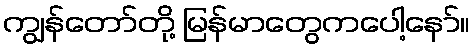
ကျွန်တော်တို့ မြန်မာတွေကပေါ့နော်။